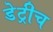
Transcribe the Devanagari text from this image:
डेट्रीच